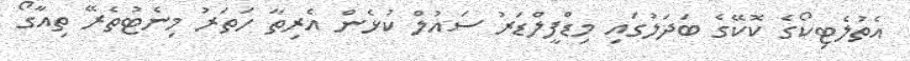
އެތުލެޓިކޯގެ ކޮކޭގެ ބަދަލުގައި މިޑްފީލްޑަރު ސައުލް ކުޅެން އެރިތާ ހަތަރު މިނެޓުތެރޭ ތިއާގޯ